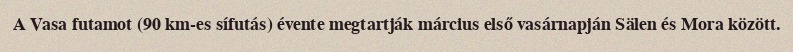
A Vasa futamot (90 km-es sífutás) évente megtartják március első vasárnapján Sälen és Mora között.